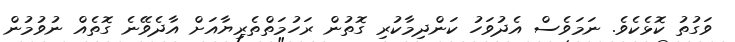
ވަގުތު ކޮޅެކެވެ. ނަމަވެސް އެދުވަހު ކަންދިމާކުރި ގޮތުން ރަހުމަތްތެރިޔާއަށް އާދެވޭނެ ގޮތެއް ނުވުމުން